Civil Veterinary Department. United Provinces 1912-22 - 1912-1922
Year: 1912
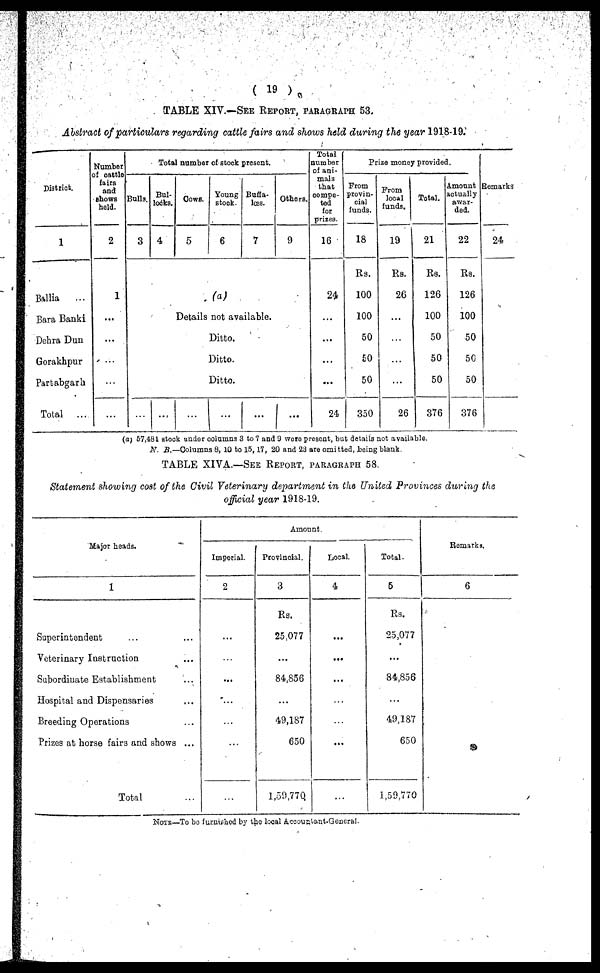
(19)
TABLE XIV.–– SEE REPORT, PARAGRAPHS 53.
Abstract of particulars regarding cattle fairs and shows held during the year 1918-19.
District.
1
Ballia ...
Bara Banki
Dehra Dun
Gorakhpur
Partabgarh
Total ...
Number
of cattle
fairs
and
shows
held.
2
1
...
...
...
...
...
Total number of stock present.
Bulls.
3
Bul-
locks.
4
COWS.
5
Young
stock.
6
Buffa-
lœs.
7
Others.
9
(a)
Details not available.
Ditto.
Ditto.
Ditto.
... ...
...
...
...
...
Total
number
of ani-
mals
that
compe-
ted
for
prizes.
16
24
...
...
...
...
24
Prize money provided.
From
provin-
cial
funds.
18
Rs.
100
100
50
50
50
350
From
local
funds.
19
RS.
26
...
...
...
...
26
Total.
21
RS.
126
100
50
50
50
376
Amount
actually
awar-
ded.
22
Rs.
126
100
50
50
50
376
Remarks
24
(a) 57,481 stock under columns 3 to 7 and 9 were present, but details not available.
N. B.—Columns 8, 10 to 15,17, 20 and 23 are omitted, being blank.
TABLE XIVA.—SEE REPORT, PARAGRAPHS 58.
Statement showing cost of the Civil Veterinary department in the United Provinces during the
official year 1918-19.
Major heads.
1
Superintendent ... ...
Veterinary Instruction ...
Subordinate Establishment ...
Hospital and Dispensaries ...
Breeding Operations ...
Prizes at horse fairs and shows ...
Total
Amount.
Imperial.
2
...
...
...
...
...
...
Provincial.
3
Rs.
25.077
...
84,856
...
49,187
650
1,50,770
Local.
4
...
...
...
...
...
...
...
Total.
5
Rs.
25,077
...
84,856
...
49,187
650
1,59,770
Remarks.
6
NOTE —To be furnished by the local Accoustant-Goneral.